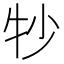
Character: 𬌜